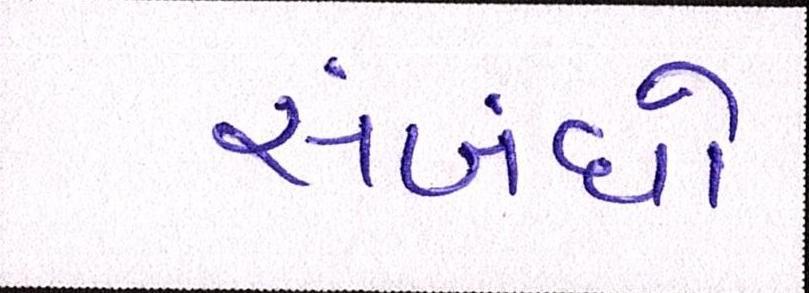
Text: સંબંધો